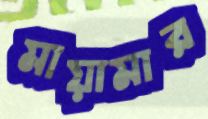
মায়ামার